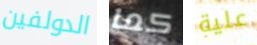
الدولفين كما علية